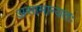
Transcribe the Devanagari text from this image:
असामान्यतः